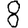
Digit: 8